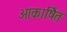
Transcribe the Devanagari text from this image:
आकार्षित